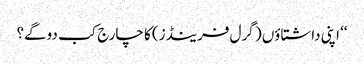
‘‘ اپنی داشتاؤں ( گرل فرینڈز) کا چارج کب دوگے؟